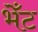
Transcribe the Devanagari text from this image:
भेँट